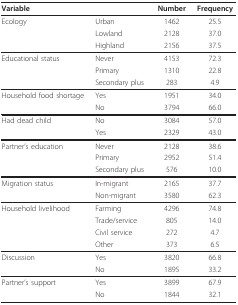
<table><thead><tr><td colspan="2"><b>Variable</b></td><td><b>Number</b></td><td><b>Frequency</b></td></tr></thead><tbody><tr><td>Ecology</td><td>Urban</td><td>1462</td><td>25.5</td></tr><tr><td></td><td>Lowland</td><td>2128</td><td>37.0</td></tr><tr><td></td><td>Highland</td><td>2156</td><td>37.5</td></tr><tr><td>Educational status</td><td>Never</td><td>4153</td><td>72.3</td></tr><tr><td></td><td>Primary</td><td>1310</td><td>22.8</td></tr><tr><td></td><td>Secondary plus</td><td>283</td><td>4.9</td></tr><tr><td>Household food shortage</td><td>Yes</td><td>1951</td><td>34.0</td></tr><tr><td></td><td>No</td><td>3794</td><td>66.0</td></tr><tr><td>Had dead child</td><td>No</td><td>3084</td><td>57.0</td></tr><tr><td></td><td>Yes</td><td>2329</td><td>43.0</td></tr><tr><td>Partner&#x27;s education</td><td>Never</td><td>2128</td><td>38.6</td></tr><tr><td></td><td>Primary</td><td>2952</td><td>51.4</td></tr><tr><td></td><td>Secondary plus</td><td>576</td><td>10.0</td></tr><tr><td>Migration status</td><td>In-migrant</td><td>2165</td><td>37.7</td></tr><tr><td></td><td>Non-migrant</td><td>3580</td><td>62.3</td></tr><tr><td>Household livelihood</td><td>Farming</td><td>4296</td><td>74.8</td></tr><tr><td></td><td>Trade/service</td><td>805</td><td>14.0</td></tr><tr><td></td><td>Civil service</td><td>272</td><td>4.7</td></tr><tr><td></td><td>Other</td><td>373</td><td>6.5</td></tr><tr><td>Discussion</td><td>Yes</td><td>3820</td><td>66.8</td></tr><tr><td></td><td>No</td><td>1895</td><td>33.2</td></tr><tr><td>Partner&#x27;s support</td><td>Yes</td><td>3899</td><td>67.9</td></tr><tr><td></td><td>No</td><td>1844</td><td>32.1</td></tr></tbody></table>